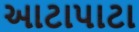
આટાપાટા